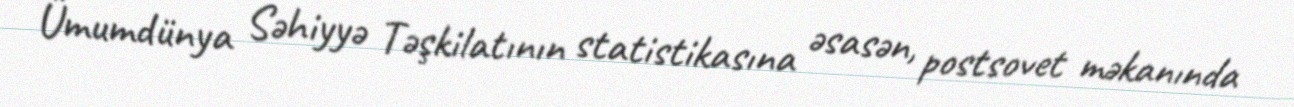
Ümumdünya Səhiyyə Təşkilatının statistikasına əsasən, postsovet məkanında